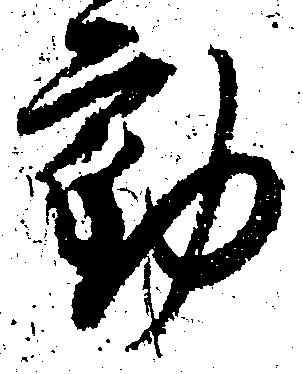
動